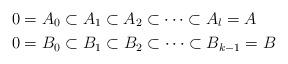
LaTeX: \begin{align*}&0=A_0 \subset A_1 \subset A_2 \subset \cdots \subset A_l=A \\&0=B_0 \subset B_1 \subset B_2 \subset \cdots \subset B_{k-1}=B\end{align*}